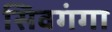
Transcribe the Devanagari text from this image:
सिवगंगा